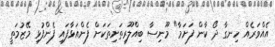
އެއްވަރެއް ހިނގާ ދޯ ކާން ފަށަމާ" މޫނިސާ ބިއްލޫރިތަށިތަކަށް ފެންއަޅާފައި ފެންފުޅި މޭޒުމަތީ